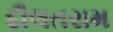
દૌલતરામ